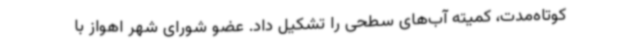
کوتاه‌مدت، کمیته آب‌های سطحی را تشکیل داد. عضو شورای شهر اهواز با